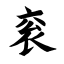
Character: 衮